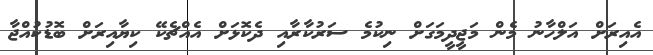
އެއިރަށް އަލްހާނު މެން މަޖީދީމަގަށް ނިކުމެ ސަރުކާރާއި ދެކޮޅަށް އެއްޗެކޭ ކިޔާއިރަށް ބޮޑުކުއްޖާ